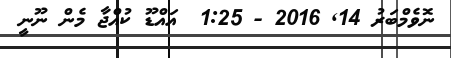
ނޮވެމްބަރު 14